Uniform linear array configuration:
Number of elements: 12
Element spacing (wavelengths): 0.5
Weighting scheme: blackman
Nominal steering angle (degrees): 0
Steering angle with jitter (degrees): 1.691
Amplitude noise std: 0.05
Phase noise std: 0.05

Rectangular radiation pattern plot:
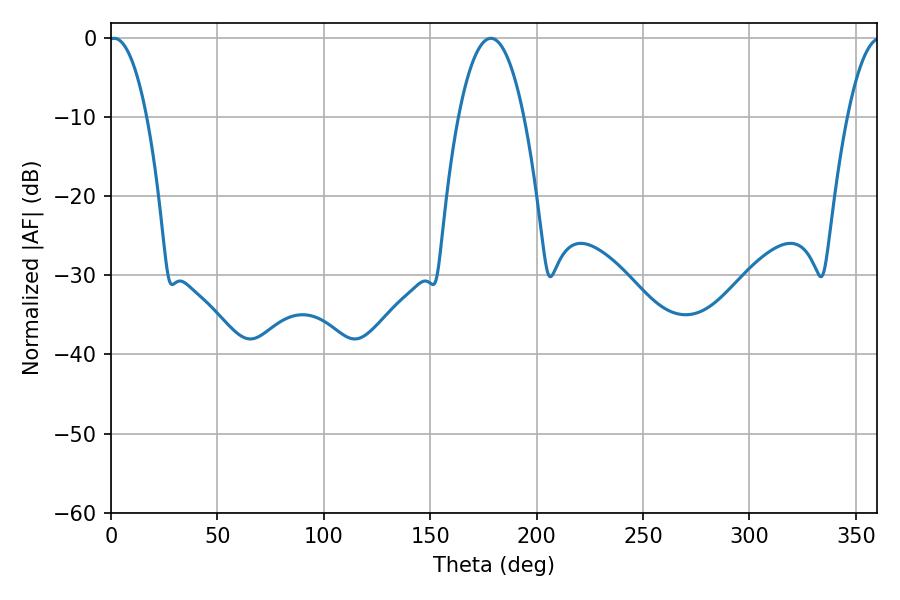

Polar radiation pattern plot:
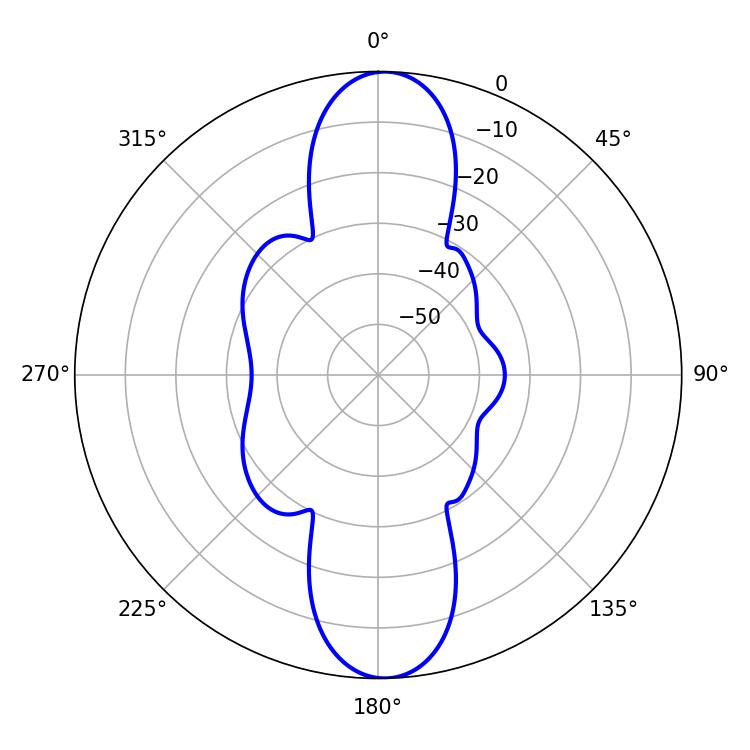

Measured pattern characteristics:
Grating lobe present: FALSE
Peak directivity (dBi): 21.541
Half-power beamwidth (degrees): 17.1
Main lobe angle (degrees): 178.56